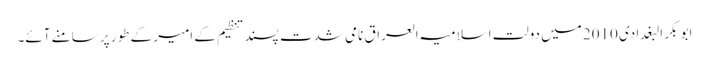
ابو بکر البغدادی 2010 میں دولت اسلامیہ العراق نامی شدت پسند تنظیم کے امیر کے طور پر سامنے آئے۔